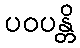
ပဝပန္တိ